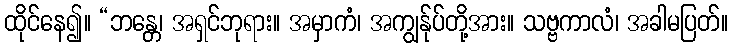
ထိုင်နေ၍။ “ဘန္တေ၊ အရှင်ဘုရား။ အမှာကံ၊ အကျွန်ုပ်တို့အား။ သဗ္ဗကာလံ၊ အခါမပြတ်။